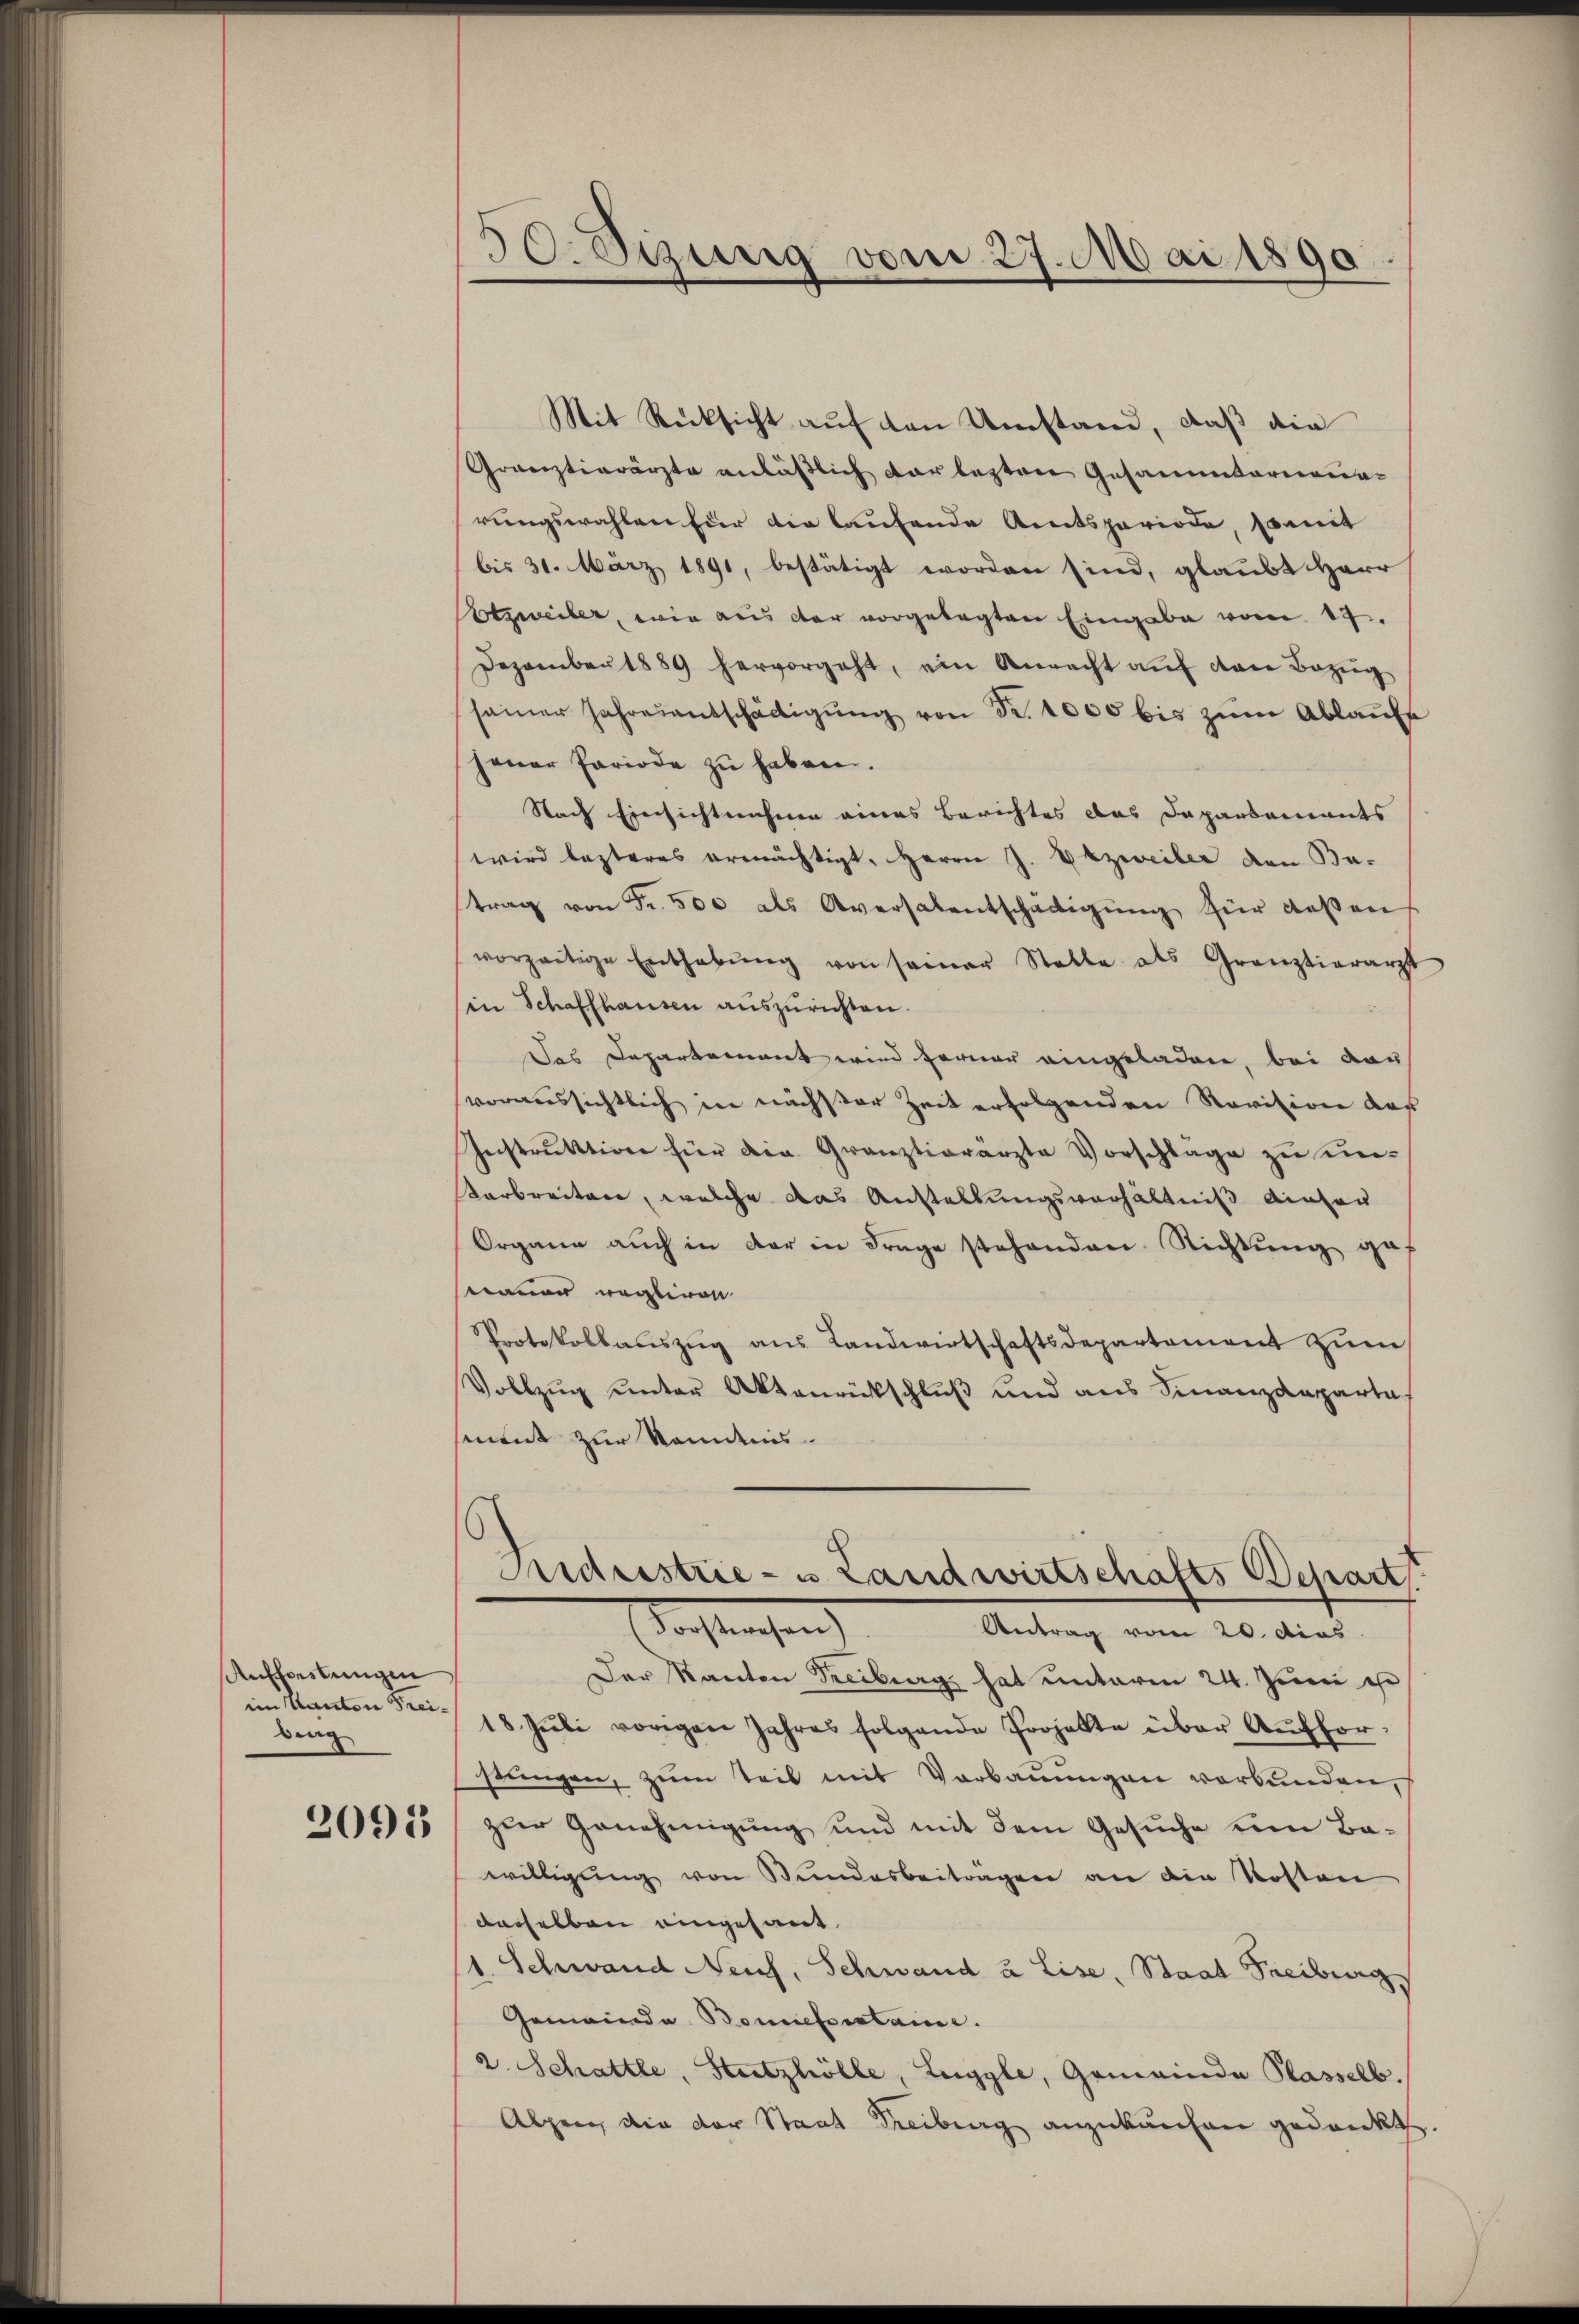
Aufforstungen
im Kanton Freidrag

2095

50. Sizung vom 27. Mai 1890

Mit Rücksicht auf den Umstand, daß die
Gränztierärzte anläßlich vorlegten Gesammterneuerungswahlen für die laufende Amtsperiode, somit
bis 31. März 1891, bestätigt worden sind, glaubt Herr
Potzweiter, wie aus der vorgelegten Eingabe vom 17.
Dezember 1889 hervorgeht, ein Anrecht auf von Bezug
samer Jahresentschädigŭng von Fr. 1000 bis zum Ablaufe
jener Periode zu haben.
Nach Einsichtnahme eines Berichtes das Departements
wird lezteres ermächtigt, Herrn J. Erzweiter den Batrag von Fr. 500 als Aversalentschädigŭng für deßen
vorzeitige Enthebŭng von seiner Stelle als Grenztierarzt
in Schaffhausen auszurichten.
Das Departement wird ferner eingeladen, bei dar
voraussichtlich in nächster Zeit erfolgenden Revision daß
Instruktion für die Gränztierärzte Vorschläge zu un-
Verbreiten, welche das Anstellungsverhältniß dieser
Organe auch in der in Frage stehenden Richtung ge
manen weglivon
Protokollauszug aus Landwirtschaftsdepartement zum
Vollzŭg ŭnter Aktenrückschluß und aus Finanzdeparta
sment zur Komdis.
Adrestrie- u Landwirtschafts Depart
Forstwesen) Antrag vom 20. dies
Der Kanton Freiburg hat unterm 24. Juni e
18. Jŭli vorigen Jahres folgende Projekte über Aŭfhor-
stungen, zum Teil mit Vorbauungen verbunden,
zur Genehmigung und mit dem Gesuche um Bawilligung von Bundesbeiträgen an die Kosten
dasselben eingesant.
1. Schwand Neuch, Schwand u Lise, Staat Freiburg
Gemeinde Bonetorstaine.
2. Schattle, Stutzhölle, Luggle, Gemeinde Plasselb.
Alpen die der Staat Freiburg anzukaufen gedankt.